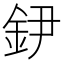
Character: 𨥠